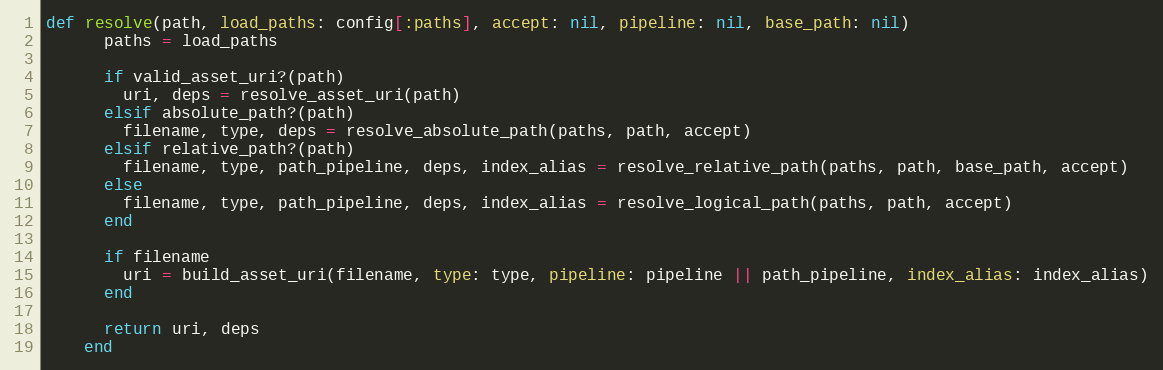
Language: Ruby
def resolve(path, load_paths: config[:paths], accept: nil, pipeline: nil, base_path: nil)
      paths = load_paths

      if valid_asset_uri?(path)
        uri, deps = resolve_asset_uri(path)
      elsif absolute_path?(path)
        filename, type, deps = resolve_absolute_path(paths, path, accept)
      elsif relative_path?(path)
        filename, type, path_pipeline, deps, index_alias = resolve_relative_path(paths, path, base_path, accept)
      else
        filename, type, path_pipeline, deps, index_alias = resolve_logical_path(paths, path, accept)
      end

      if filename
        uri = build_asset_uri(filename, type: type, pipeline: pipeline || path_pipeline, index_alias: index_alias)
      end

      return uri, deps
    end